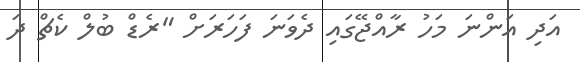
އަދި އަންނަ މަހު ރާއްޖޭގައި ދެވަނަ ފަހަރަށް "ރެޑް ބުލް ކެޗް ދަ